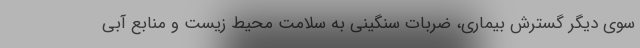
سوی دیگر گسترش بیماری، ضربات سنگینی به سلامت محیط زیست و منابع آبی